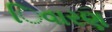
િવારણ